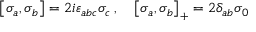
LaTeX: \left[ \sigma _ { a } , \sigma _ { b } \right] = 2 i \varepsilon _ { a b c } \sigma _ { c } \, , \quad \left[ \sigma _ { a } , \sigma _ { b } \right] _ { + } = 2 \delta _ { a b } \sigma _ { 0 }